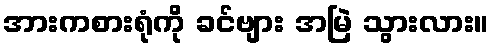
အားကစားရုံကို ခင်ဗျား အမြဲ သွားလား။